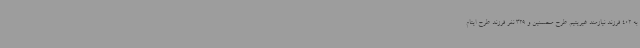
به 402 فرزند نیازمند غیریتیم طرح محسنین و 329 نفر فرزند طرح ایتام